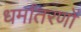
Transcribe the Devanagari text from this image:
धर्मांतरणों